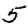
Digit: 5